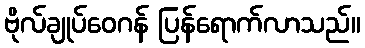
ဗိုလ်ချုပ်ဝေဂန် ပြန်ရောက်လာသည်။